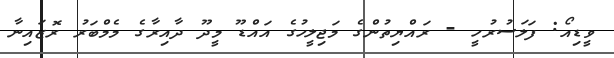
ވީޑިއޯ: ފަލަސުރުހީ - ރައްޔިތުންގެ މަޖިލީހުގެ އައްޑޫ މީދޫ ދާއިރާގެ މެމްބަރު ރޮޒައިނާ